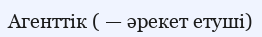
Агенттік ( — әрекет етуші)